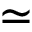
\simeq